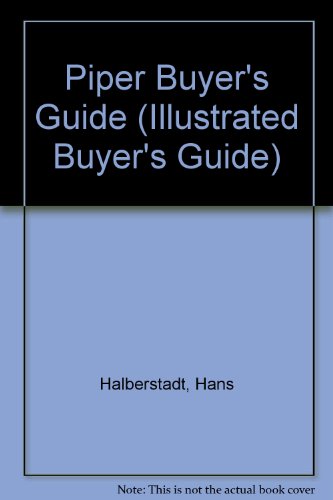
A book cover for Illustrated Piper Buyers Guide (Illustrated Buyer's Guide); Tom Murphy; Engineering & Transportation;